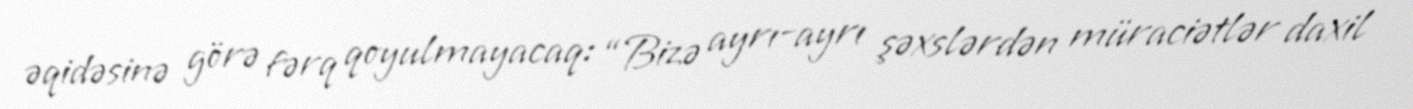
əqidəsinə görə fərq qoyulmayacaq: “Bizə ayrı-ayrı şəxslərdən müraciətlər daxil